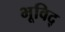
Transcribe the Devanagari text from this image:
भूविद्